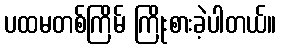
ပထမတစ်ကြိမ် ကြိုးစားခဲ့ပါတယ်။